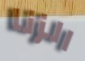
الزنا